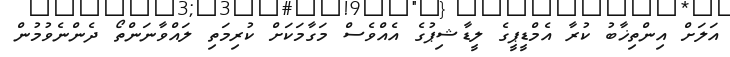
އަލަށް އިންތިޚާބު ކުރާ އެމްޑީޕީގެ ލީޑާޝިޕުގެ އެއްވެސް މަގާމަކަށް ކުރިމަތި ލައްވާނަންތޯ ދެންނެވުމުން